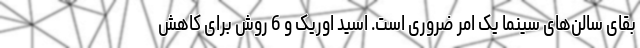
بقای سالن‌های سینما یک امر ضروری است. اسید اوریک و 6 روش برای کاهش